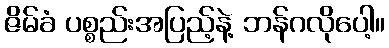
ဇိမ်ခံ ပစ္စည်းအပြည့်နဲ့ ဘန်ဂလိုပေါ့။